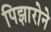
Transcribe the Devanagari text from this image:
पिझारोने